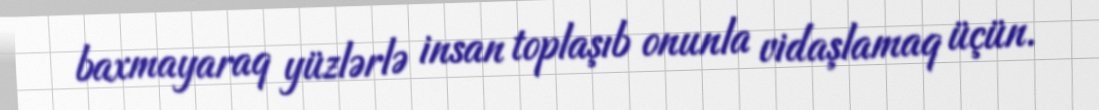
baxmayaraq yüzlərlə insan toplaşıb onunla vidaşlamaq üçün.